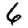
Digit: 6